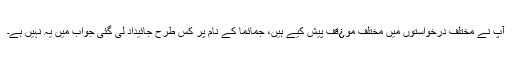
آپ نے مختلف درخواستوں میں مختلف مو¿قف پیش کیے ہیں، جمائما کے نام پر کس طرح جائیداد لی گئی جواب میں یہ نہیں ہے۔